Kassari_(Keina)_vallavalitsus, lk 49
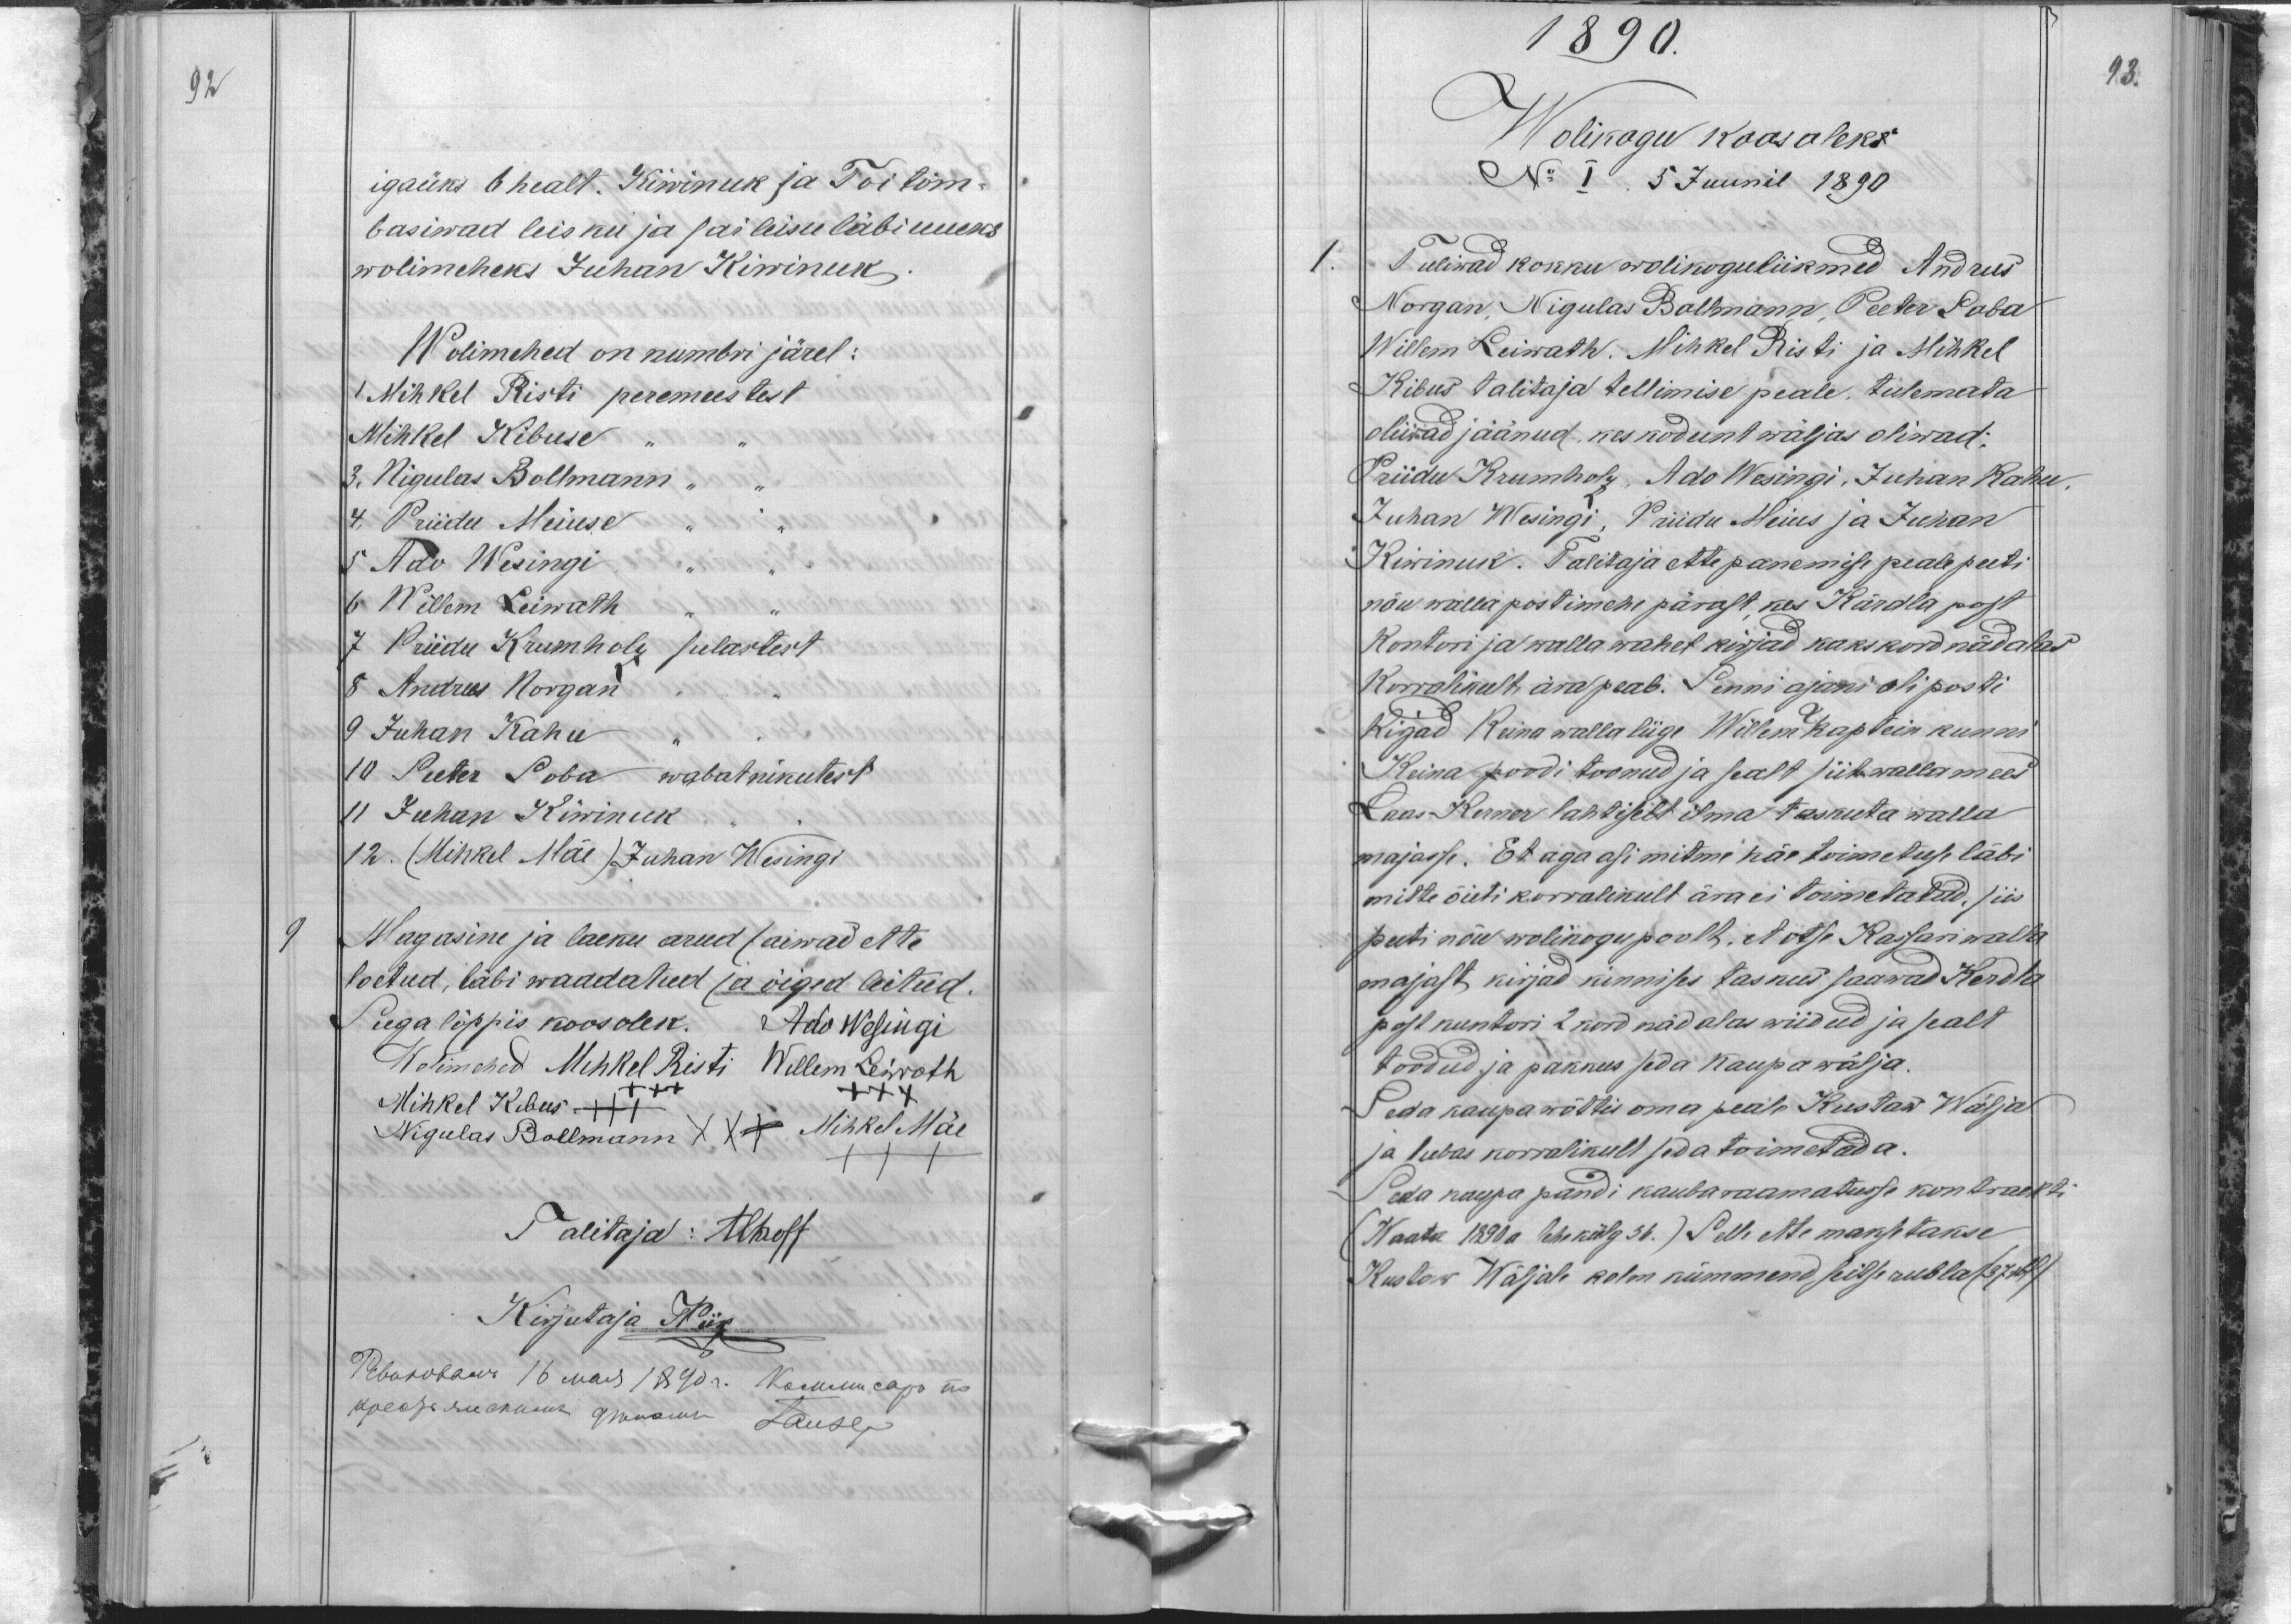
92
igaüks 6 healt. Kiwinuk ja Toi tõm-
basiwad leisku ja sai leisu läbi uueks
wolimeheks Juhan Kiwinuk
Wolimehed on numbri järel:
1 Mihkel Risti peremeestest
Mihkel Kibuse
3. Nigulas Bollmann
4. Priidu Meiuse
5 Ado Wesingi
6 Willem Leiwath
7 Priidu Krumholz sulastest
8 Andrus Norgan
9 Juhan Kahu
10 Peeter Soba wabatnikutest
11 Juhan Kiwinuk
12. (Mihkel Mäe) Juhan Wesingi
9
Magasine ja laeku arud saiwad ette
loetud, läbi waadatud ja õiged leitud.
Seega lõppis koosolek. Ado Wesingi
Wolimehed Mihkel Risti Willem Leiwoth
Mihkel Kebus +++
XXX
Nigulas Bollmann XXX Mihkel Mäe
Talitaja: Alhoff
Kirjutaja TPiik
Реваговалъ 16 шая 1890a. Колетсаро us-
"X
Крестя зискинъ дренамъ Lauseт

1890.
93.
Wolikogu koosoleks
No I 5 Juunil 1890
1.
Tuliwad kokku wolikoguliikmed Andrus
Norgan, Nigulas Bollmann, Peeter Soba
Willem Leiwath. Mihkel Risti ja Mihkel
Kibus talitaja tellimise peale, tulemata
oliwad jäänud, kes kodunt wäljas oliwad:
Priidu Krumholz, Ado Wesingi, Juhan Kahu,
Juhan Wesingi, Priidu Meius ja Juhan
Kiwinuk. Talitaja ette panemise peale peeti
nõu walla postimehe pärast, kes Kärdla post
kontori ja walla wahet kirjad kaks kord nädalas
Korralikult ära peab. Senni ajani oli posti
Kirjad Keina walla liige Willem Kaptein kunni
Keina poodi toonud ja sealt siit wallamees
Laas Kerner lahtiselt ilma taskuta walla
majasse. Et aga asi mitme käe toimetuse läbi
mitte õieti korralikult ära ei toimetatud, siis
peeti nõu wolikogu poolt, et otse Kassari walla
majast kirjad kinnises taskus saawad Kerdla
post kontori 2 kord nädalas wiidud ja sealt
toodud ja pakkus seda kaupa wälja.
Seda kaupa wõttis oma peale Kustaw Wälja
ja lubas korralikult seda toimetada.
Seda kaupa pandi kaubaraamatusse kontrackti
( Waata 1890 a lehekülg 36.) Selle ette maksetakse
Kustaw Wäljale kolm kümmend seitse rubla (37 rbl)